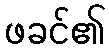
ဖခင်၏